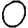
Digit: 0